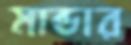
মান্ডার